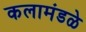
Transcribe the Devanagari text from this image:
कलामंडळे